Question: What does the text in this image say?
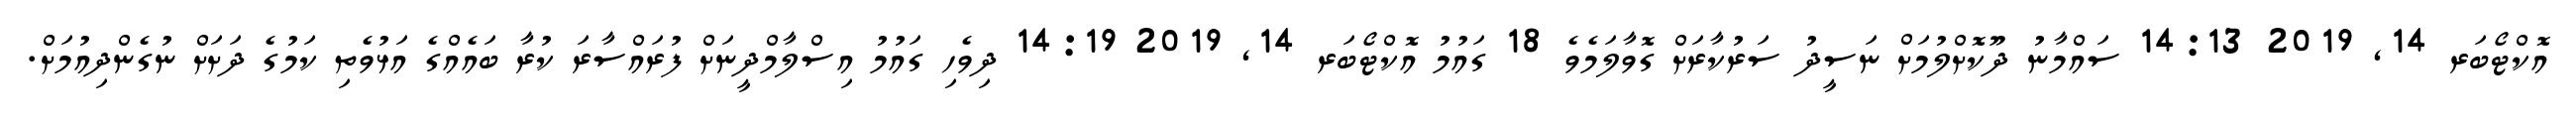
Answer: އޮކްޓޯބަރ 14, 2019 14:13 ސައްމާނު ދޫކޮށްލުމަށް ނަސީދު ސަރުކާރަށް ގޮވާލަމެވެ 18 ގައުމު އޮކްޓޯބަރ 14, 2019 14:19 ދިވެހި ގައުމު އިސްލާމްދީނަށް ފުރައްސާރަ ކުރާ ބައެއްގެ އަޅުވެތި ކަމުގެ ދަށަށް ނުގެންދިއުމަށް.